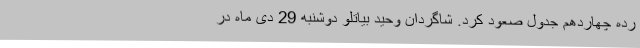
رده چهاردهم جدول صعود کرد. شاگردان وحید بیاتلو دوشنبه 29 دی ماه در